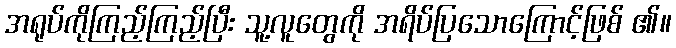
အရုပ်ကိုကြည့်ကြည့်ပြီး သူ့လူတွေကို အရိပ်ပြသောကြောင့်ဖြစ် ၏။